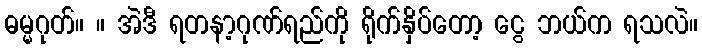
ဓမ္မဂုတ်။ ။ အဲဒီ ရတနာ့ဂုဏ်ရည်ကို ရိုက်နှိပ်တော့ ငွေ ဘယ်က ရသလဲ။